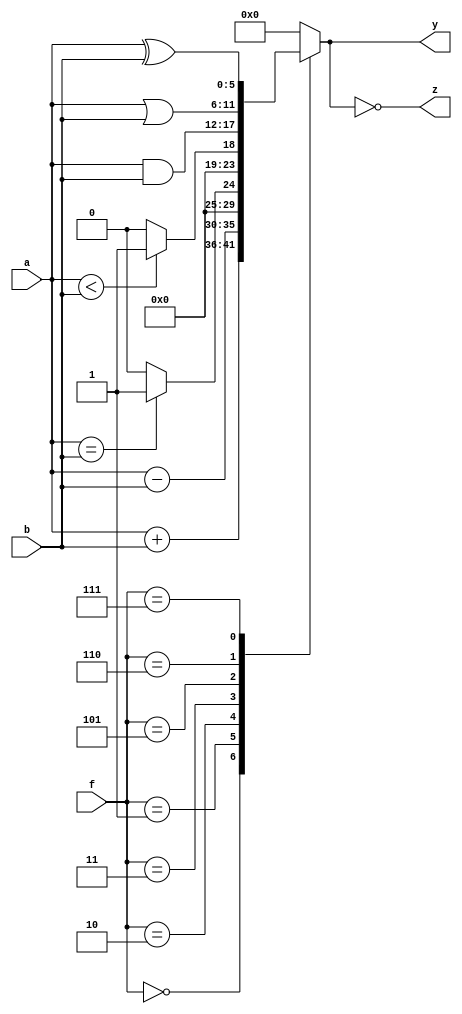
module alu #(parameter WIDTH = 6) ( 
    input [WIDTH - 1:0] a, b,       
    input [2:0] f,                  // 
    output reg [WIDTH - 1:0] y,     // 
    output z                        // of
);
    assign z = (y == {WIDTH{1'h0}}); // 10
    always @(*) begin
        case (f)
            4'b0000:
                y = a + b;
            4'b0001:
                y = a - b;
            4'b0010:
                y = (a == b) ? 6'b000001 : 6'b0; // ab10
            4'b0011:
                y = (a < b) ? 6'b000001 : 6'b0;  // ab10
            4'b0101:
                y = a & b;
            4'b0110:
                y = a | b;
            4'b0111:
                y = a ^ b;
            default:
                y = {WIDTH{1'h0}};               // 
        endcase
    end
endmodule